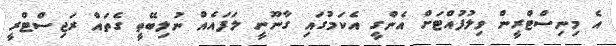
އެ މިނިސްޓްރީން ވިލުފުއްޓަށް އެންގީ އެކަމުގައި ގާނޫނީ ލަފައެއް ނުލިބޭތީ ގެތައް ރަޖިސްޓްރީ